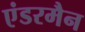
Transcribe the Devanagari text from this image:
एंडरमैन